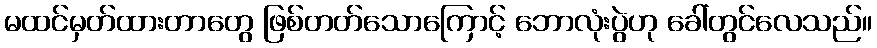
မထင်မှတ်ထားတာတွေ ဖြစ်တတ်သောကြောင့် ဘောလုံးပွဲဟု ခေါ်တွင်လေသည်။